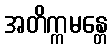
အတိက္ကမန္တေ